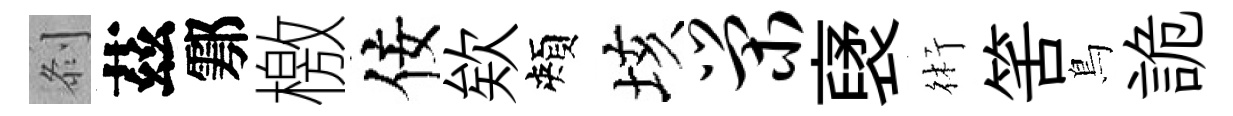
𠛴茲鄠檄佞欸頰垓荣裦術筈鳥詭